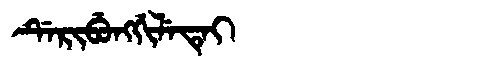
Manchu: ᡩᡝᡵᡳᠪᡠᠩᡤᡳᠯᡝᡨᡝᡳ
Romanization: DERIBUNGGILETEI